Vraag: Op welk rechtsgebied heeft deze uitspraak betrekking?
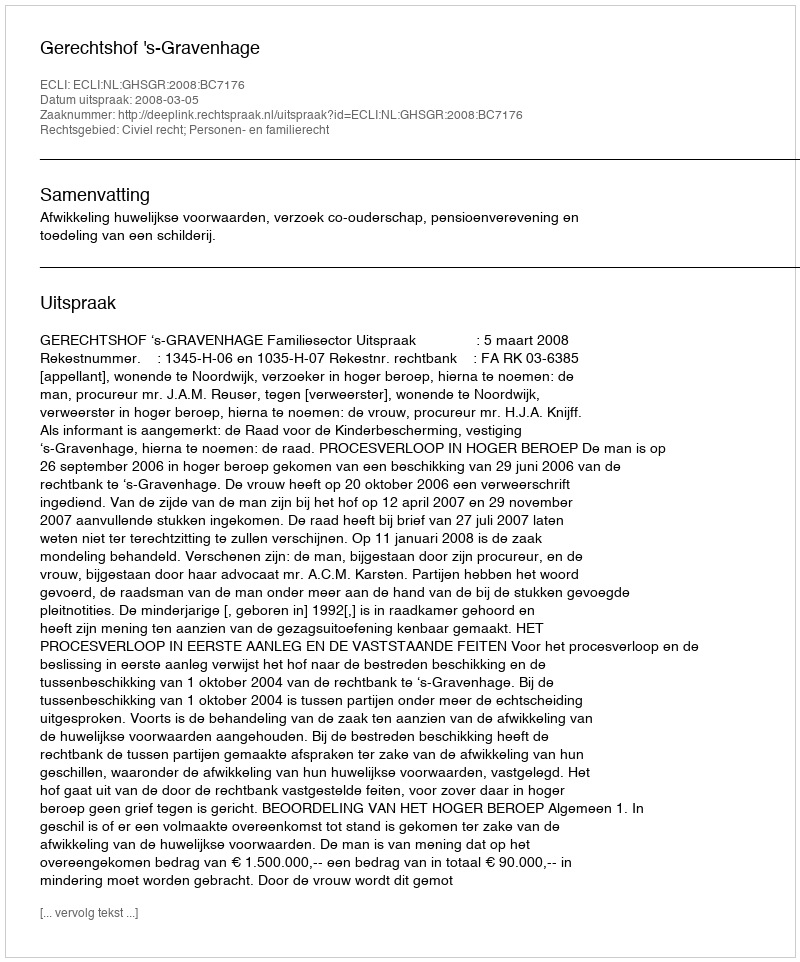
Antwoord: Civiel recht; Personen- en familierecht